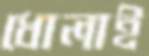
ধোলাই